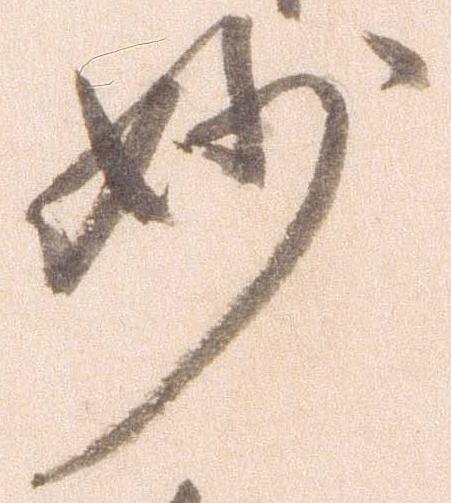
妙